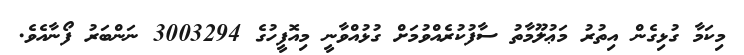
މިކަމާ ގުޅިގެން އިތުރު މަޢުލޫމާތު ސާފުކުރެއްވުމަށް ގުޅުއްވާނީ މިއޮފީހުގެ 3003294 ނަންބަރު ފޯނާއެވެ.